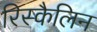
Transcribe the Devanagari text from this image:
रिस्कैलिन